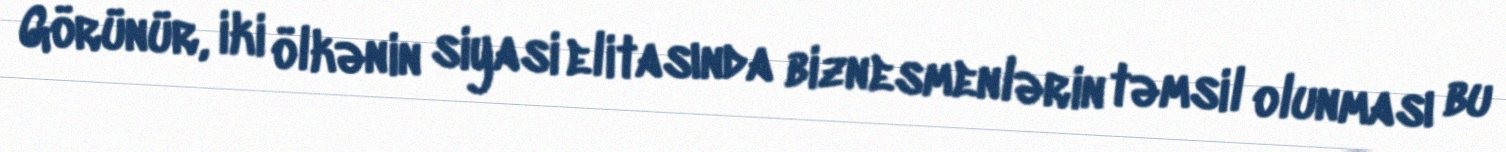
Görünür, iki ölkənin siyasi elitasında biznesmenlərin təmsil olunması bu